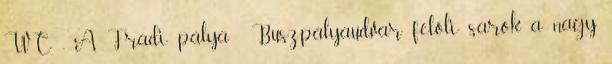
WC . A Fradi pálya Buszpályaudvar felőli sarok a nagy